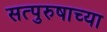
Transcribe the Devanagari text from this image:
सत्पुरुषाच्या